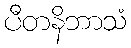
ပီတနိဘာသံ